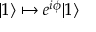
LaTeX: | 1 \rangle \mapsto e ^ { i \phi } | 1 \rangle